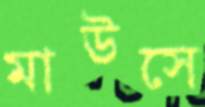
মাউসে